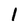
Character: l